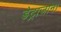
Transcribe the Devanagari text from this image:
डेट्राजान।